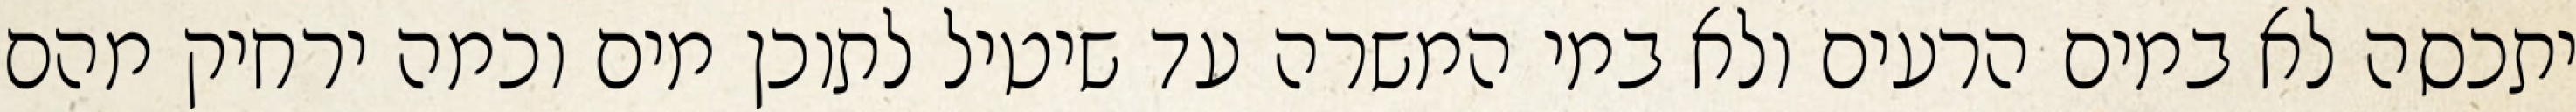
יתכסה לא במים הרעים ולא במי המשרה עד שיטיל לתוכן מים וכמה ירחיק מהם